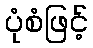
ပုံစံဖြင့်